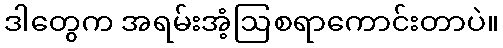
ဒါတွေက အရမ်းအံ့ဩစရာကောင်းတာပဲ။